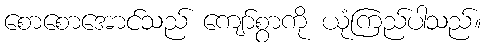
စောစောအောင်သည် ကျော်စွာကို ယုံကြည်ပါသည်။